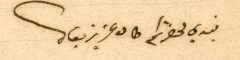
نبدي لحضرتكم طال عزيز بقاك